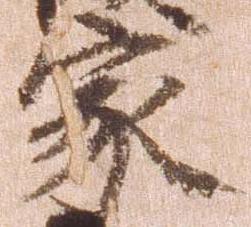
家